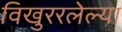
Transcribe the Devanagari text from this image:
विखुररलेल्या